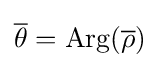
{\overline {\theta }}=\operatorname {Arg} ({\overline {\mathbf {\rho } }})